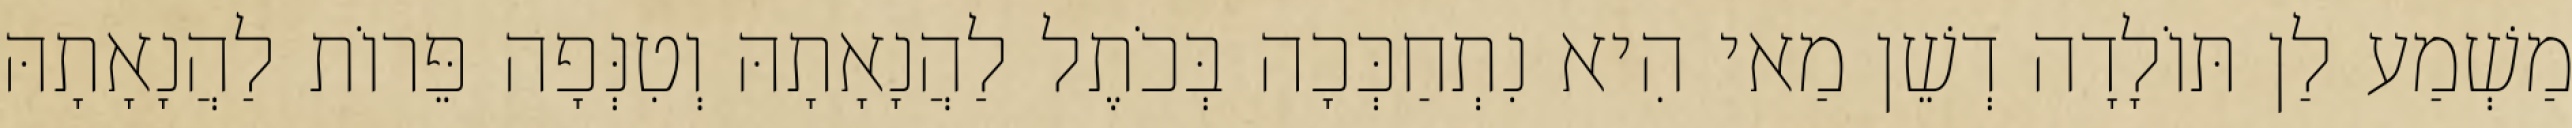
מַשְׁמַע לַן תּוֹלָדָה דְשֵׁן מַאי הִיא נִתְחַכְּכָה בְּכֹתֶל לַהֲנָאָתָהּ וְטִנְּפָה פֵּרוֹת לַהֲנָאָתָהּ